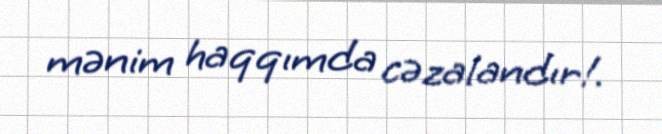
mənim haqqımda cəzalandır!.